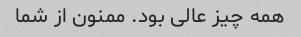
همه چیز عالی بود. ممنون از شما